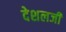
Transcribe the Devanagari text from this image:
देशलजी